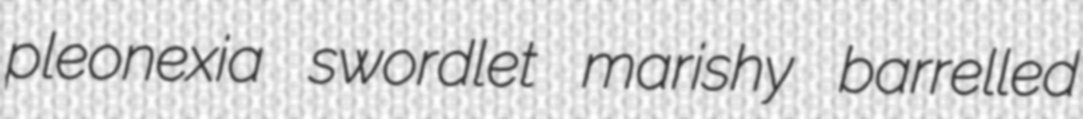
pleonexia swordlet marishy barrelled